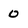
Character: 0